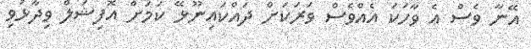
އޭނާ ވެސް އެ ވާހަކަ އެއްވެސް ވަރަކަށް ދައްކައިނޫޅޭ ކަމަށް އޮފިޝަލް ވިދާޅުވި